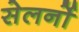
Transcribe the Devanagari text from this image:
सेलर्नो